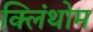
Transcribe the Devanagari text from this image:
क्लिंथोम